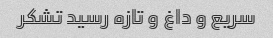
سریع و داغ و تازه رسید تشکر